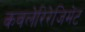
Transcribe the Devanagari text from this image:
कवलेरिरेजिमेंट